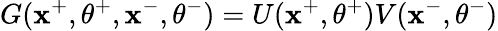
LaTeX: G(\mathbf{x}^{+},\theta^{+},\mathbf{x}^{-},\theta^{-})=U(\mathbf{x}^{+},\theta^{+})V(\mathbf{x}^{-},\theta^{-})